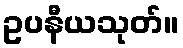
ဥပနီယသုတ်။